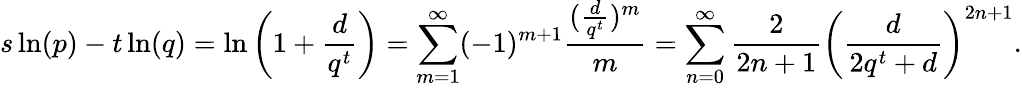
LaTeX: s\ln(p)-t\ln(q)=\ln\left(1+{\frac{d}{q^{t}}}\right)=\sum_{m=1}^{\infty}(-1)^{m+1}{\frac{({\frac{d}{q^{t}}})^{m}}{m}}=\sum_{n=0}^{\infty}{\frac{2}{2n+1}}{\left({\frac{d}{2q^{t}+d}}\right)}^{2n+1}.